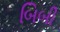
બિબી